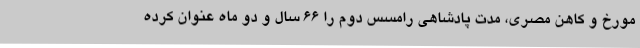
مورخ و کاهن مصری، مدت پادشاهی رامسس دوم را 66 سال و دو ماه عنوان کرده